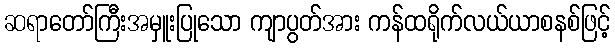
ဆရာတော်ကြီးအမှူးပြုသော ကျာပွတ်အား ကန်ထရိုက်လယ်ယာစနစ်ဖြင့်